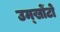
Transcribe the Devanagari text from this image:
उम्खोंटो